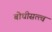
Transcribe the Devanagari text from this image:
बोधीसत्त्व